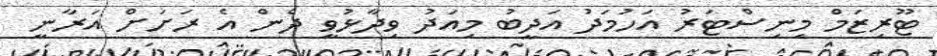
ޓޫރިޒަމް މިނިސްޓަރު އަހުމަދު އަދީބު މިއަދު ވިދާޅުވީ ދެން އެ ރަށަށް އަރާނީ